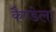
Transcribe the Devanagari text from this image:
कैण्डेला